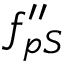
f _ { p S } ^ { \prime \prime }